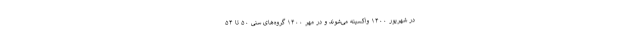
در شهریور ۱۴۰۰ واکسینه می‌شوند و در مهر ۱۴۰۰ گروه‌های سنی ۵۰ تا ۵۴